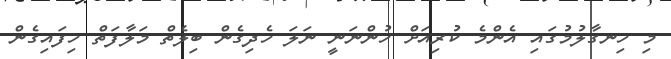
މި ހިނގާލުމުގައި އެންމެ ކުރިއަށް ހުންނަނީ ނަލަ ހެދިގެން ބިލެތް މަލާފަތް ހިފައިގެން